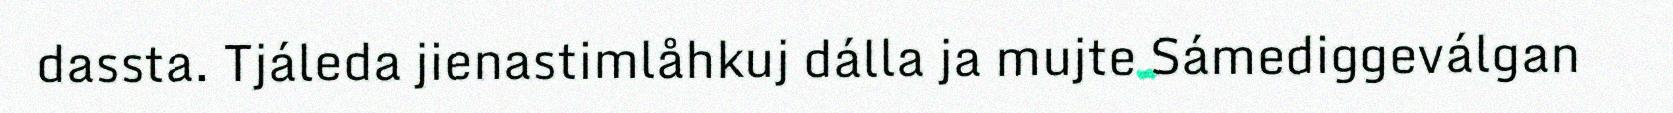
dassta. Tjáleda jienastimlåhkuj dálla ja mujte Sámediggeválgan